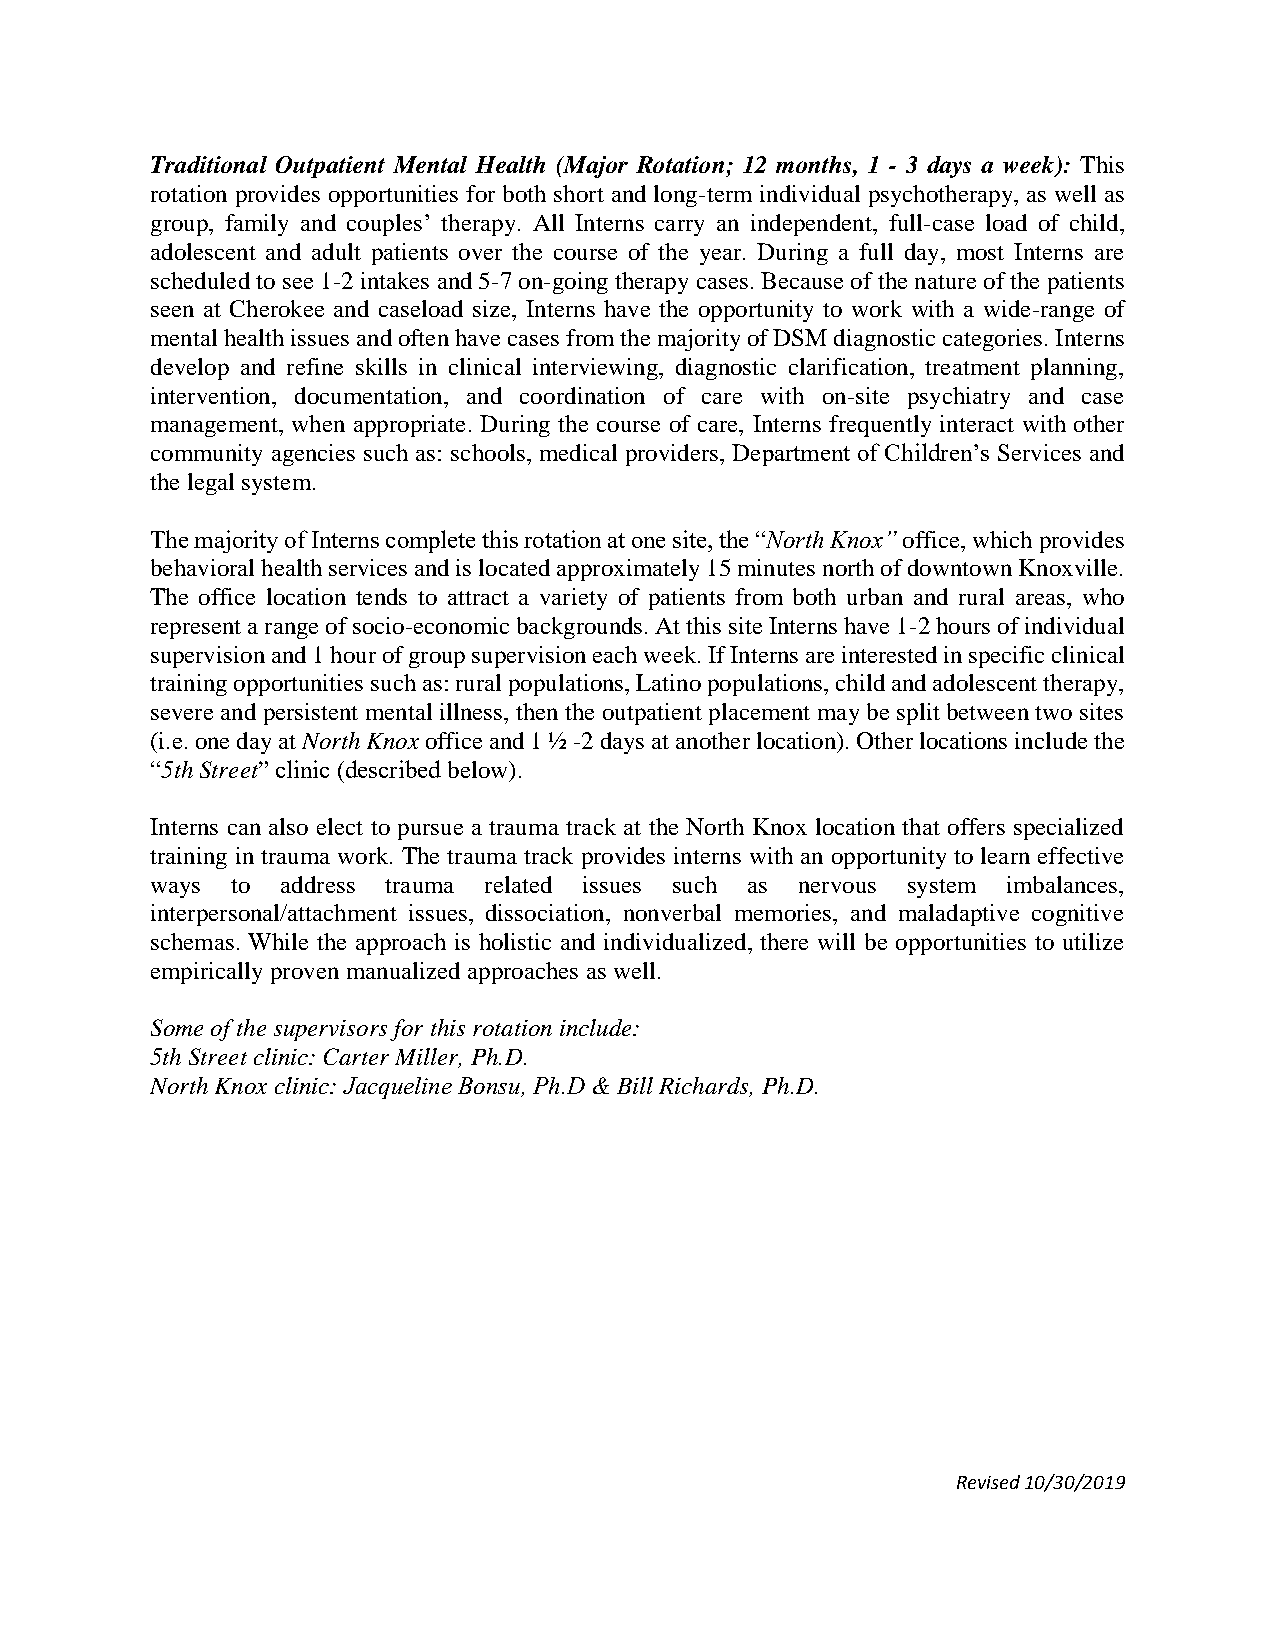
Traditional Outpatient Mental Health (Major Rotation; 12 months, 1 - 3 days a week): This
 rotation provides opportunities for both short and long-term individual psychotherapy, as well as
 group, family and couples’ therapy. All Interns carry an independent, full-case load of child,
 adolescent and adult patients over the course of the year. During a full day, most Interns are
 scheduled to see 1-2 intakes and 5-7 on-going therapy cases. Because of the nature of the patients
 seen at Cherokee and caseload size, Interns have the opportunity to work with a wide-range of
 mental health issues and often have cases from the majority of DSM diagnostic categories. Interns
 develop and refine skills in clinical interviewing, diagnostic clarification, treatment planning,
 intervention, documentation, and coordination of care with on-site psychiatry and case
 management, when appropriate. During the course of care, Interns frequently interact with other
 community agencies such as: schools, medical providers, Department of Children’s Services and
 the legal system.
 The majority of Interns complete this rotation at one site, the “North Knox” office, which provides
 behavioral health services and is located approximately 15 minutes north of downtown Knoxville.
 The office location tends to attract a variety of patients from both urban and rural areas, who
 represent a range of socio-economic backgrounds. At this site Interns have 1-2 hours of individual
 supervision and 1 hour of group supervision each week. If Interns are interested in specific clinical
 training opportunities such as: rural populations, Latino populations, child and adolescent therapy,
 severe and persistent mental illness, then the outpatient placement may be split between two sites
 (i.e. one day at North Knox office and 1 ½ -2 days at another location). Other locations include the
 “5th Street” clinic (described below).
 Interns can also elect to pursue a trauma track at the North Knox location that offers specialized
 training in trauma work. The trauma track provides interns with an opportunity to learn effective
 ways to  address trauma related issues such as nervous system imbalances,
 interpersonal/attachment issues, dissociation, nonverbal memories, and maladaptive cognitive
 schemas. While the approach is holistic and individualized, there will be opportunities to utilize
 empirically proven manualized approaches as well.
 Some of the supervisors for this rotation include:
 5th Street clinic: Carter Miller, Ph.D.
 North Knox clinic: Jacqueline Bonsu, Ph.D & Bill Richards, Ph.D.
 Revised 10/30/2019